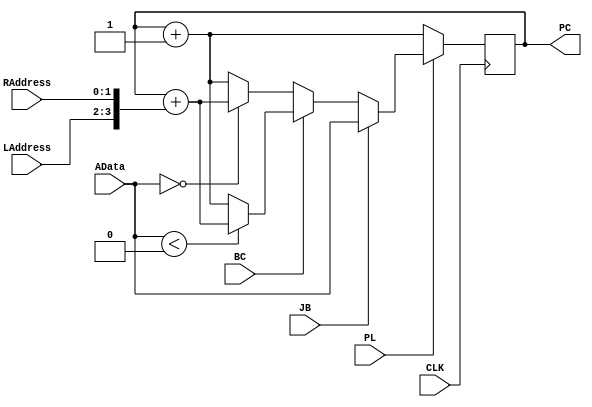
module Program_Counter(CLK, PL, JB, BC, LAddress, RAddress, AData, PC);
input CLK, PL, JB, BC;
input [1:0] LAddress, RAddress;
input [3:0] AData;
output [3:0] PC;
 
reg [3:0] PC;
   
initial begin
  PC <= 4'b0101;
end
	
always@(posedge CLK) begin
	if(~PL) 
		PC <= PC+4'b0001;
	else if(JB) //Jump and Branch
		PC <= AData;
   else if(BC) begin 
		if(AData < 4'b0000)
			PC<=PC+{LAddress[1:0],RAddress[1:0]};
		else
			PC<= PC+4'b0001;
	end
	else if(~BC) begin //branch on negative
		if(AData == 4'b0000)
			PC<=PC+{LAddress[1:0],RAddress[1:0]};
		else
		PC<= PC+4'b0001;
	end
end

endmodule